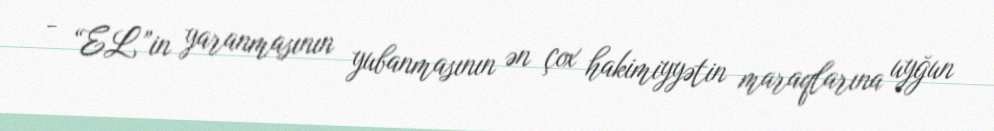
- “EL”in yaranmasının yubanmasının ən çox hakimiyyətin maraqlarına uyğun